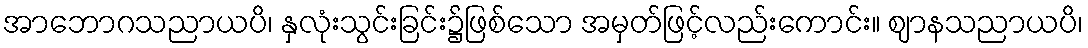
အာဘောဂသညာယပိ၊ နှလုံးသွင်းခြင်း၌ဖြစ်သော အမှတ်ဖြင့်လည်းကောင်း။ ဈာနသညာယပိ၊